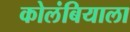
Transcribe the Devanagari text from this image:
कोलंबियाला